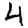
Digit: 4